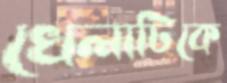
খেলাটিকে